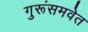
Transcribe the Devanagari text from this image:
गुरूंसमवेत